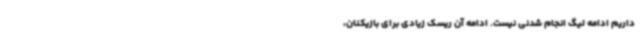
داریم ادامه لیگ انجام شدنی نیست. ادامه آن ریسک زیادی برای بازیکنان،